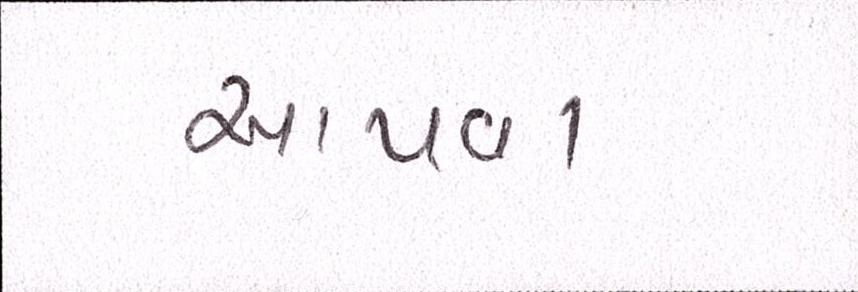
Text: આપવા